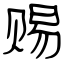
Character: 赐